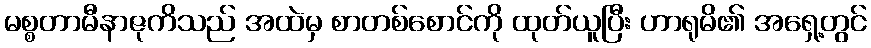
မစ္စတာမီနာဇုကိသည် အထဲမှ စာတစ်စောင်ကို ထုတ်ယူပြီး ဟာရုမိ၏ အရှေ့တွင်